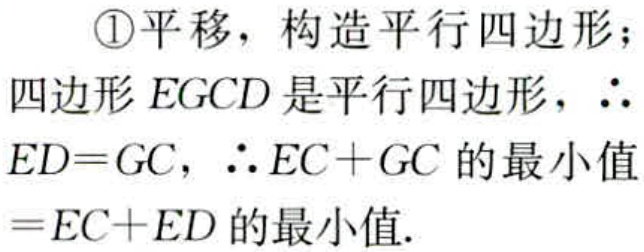
\textcircled{1}平移，构造平行四边形；

四边形\(EGCD\)是平行四边形，\(\therefore\)

\(ED = GC\)，\(\therefore EC + GC\)的最小值

\(= EC + ED\)的最小值.